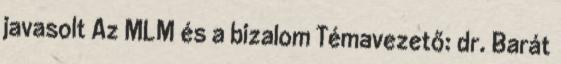
javasolt Az MLM és a bizalom Témavezető: dr. Barát